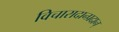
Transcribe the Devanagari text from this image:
विचारादान्प्रदान्